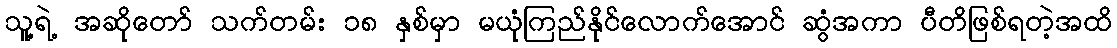
သူ့ရဲ့ အဆိုတော် သက်တမ်း ၁၈ နှစ်မှာ မယုံကြည်နိုင်လောက်အောင် ဆွံအကာ ပီတိဖြစ်ရတဲ့အထိ